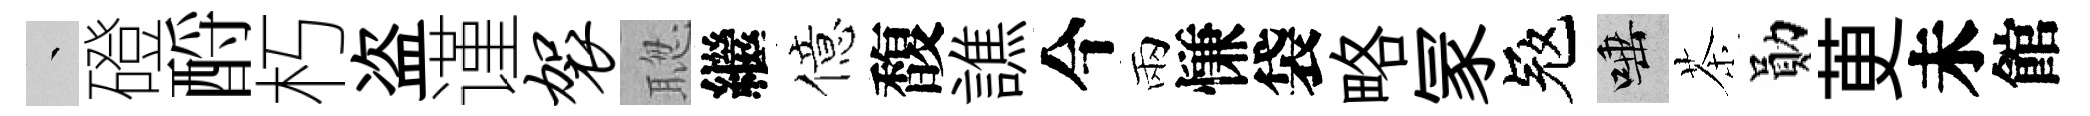
叢磴酹朽盗谨袈聦繼億馥譙今兩慊袋略冡冦唾茶勛茰未館